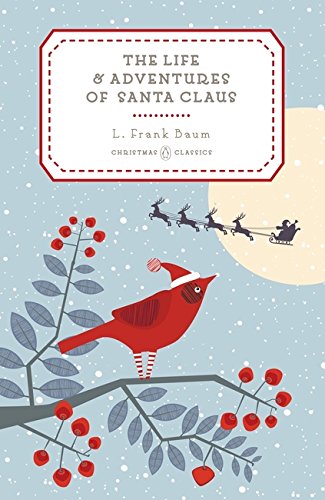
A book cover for The Life and Adventures of Santa Claus (Penguin Christmas Classics); L. Frank Baum; Literature & Fiction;